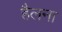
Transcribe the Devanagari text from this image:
हैलना